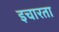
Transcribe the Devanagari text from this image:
इचारता